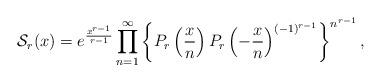
LaTeX: \begin{align*}\mathcal S_r(x)=e^{\frac{x^{r-1}}{r-1}}\prod_{n=1}^\infty\left\{P_r\left(\frac xn\right)P_r\left(-\frac xn\right)^{(-1)^{r-1}}\right\}^{n^{r-1}},\end{align*}